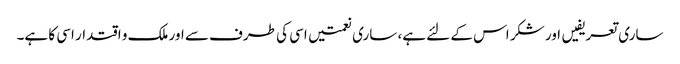
ساری تعریفیں اور شکر اس کے لئے ہے، ساری نعمتیں اسی کی طرف سے اور ملک و اقتدار اسی کا ہے۔